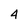
Character: 4